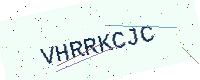
Text: VHRRKCJC